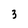
Character: 3